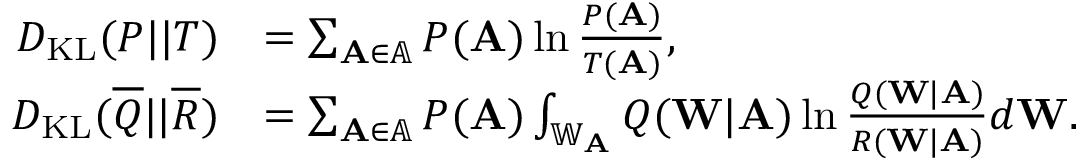
\begin{array} { r l } { D _ { \mathrm { K L } } ( P | | T ) } & { = \sum _ { \mathbf { A } \in \mathbb { A } } P ( \mathbf { A } ) \ln \frac { P ( \mathbf { A } ) } { T ( \mathbf { A } ) } , } \\ { D _ { \mathrm { K L } } ( \overline { { Q } } | | \overline { { R } } ) } & { = \sum _ { \mathbf { A } \in \mathbb { A } } P ( \mathbf { A } ) \int _ { \mathbb { W } _ { \mathbf { A } } } Q ( \mathbf { W } | \mathbf { A } ) \ln \frac { Q ( \mathbf { W } | \mathbf { A } ) } { R ( \mathbf { W } | \mathbf { A } ) } d \mathbf { W } . } \end{array}